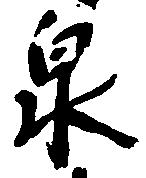
泉